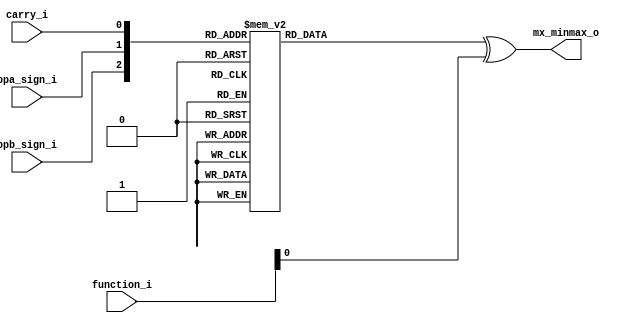

module min_max_ctrl
  (
    input wire [2:0] function_i,
    input wire 	     opa_sign_i,
    input wire 	     opb_sign_i,
    input wire 	     carry_i,
    output wire      mx_minmax_o
   );			

   reg 		      max_op;
 		     
   always @(*) begin
      case({opb_sign_i, opa_sign_i, carry_i})
	3'b000, 3'b100, 3'b101, 3'b110: max_op = 1'b0; // max: opa
	3'b001, 3'b010, 3'b011, 3'b111: max_op = 1'b1; // max: opb
      endcase
   end // always @(*)

   assign mx_minmax_o = max_op ^ function_i[0];
   
endmodule // min_max_ctrl